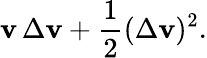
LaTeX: \mathbf{v}\, \Delta\mathbf{v}+{\frac{{1}}{{2}}}(\Delta\mathbf{v})^{2}.